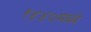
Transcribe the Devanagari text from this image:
१४४०मध्ये